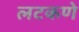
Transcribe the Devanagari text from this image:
लटकणे